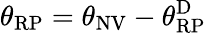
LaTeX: \theta_{\mathrm{RP}}=\theta_{\mathrm{NV}}-\theta_{\mathrm{RP}}^{\mathrm{D}}